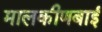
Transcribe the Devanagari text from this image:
मालकीणबाई